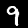
Label: 9